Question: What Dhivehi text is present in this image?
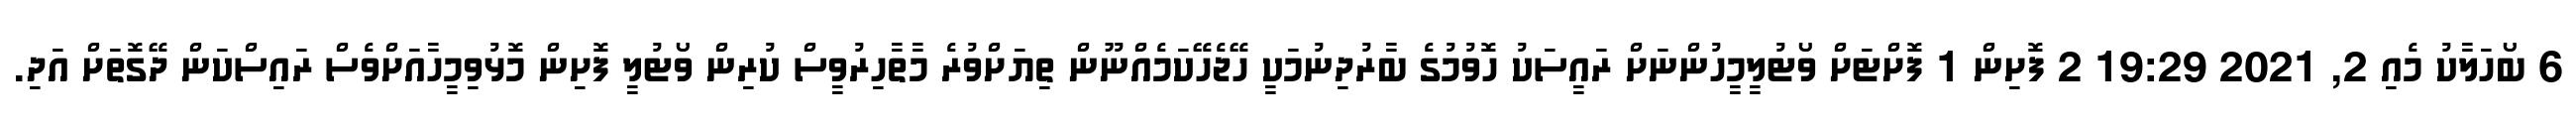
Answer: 6 ބޯހަލާކު މެއި 2, 2021 19:29 2 ފޮށިން 1 ފޮށްޓަށް ވޯޓުލީމީހުންނަށް ރައީސަކު ހޮވުމުގެ ބާރުދިނުމަކީ ހޭޖެހޭކަމެއްނޫން ތިޔަށްވުރެ މާތާހިރުވީސް ކުރިން ވޯޓުލީ ފޮށިން މޮޅުވިމީހާއަށްވެސް ރައިސްކަން ދޭގޮތަށް އަދި.